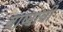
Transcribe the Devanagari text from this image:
बाष्पाची